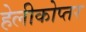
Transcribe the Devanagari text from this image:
हेलीकोप्तर